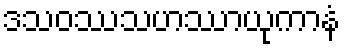
ဒသဝဿသဟဿာယုကာနံ